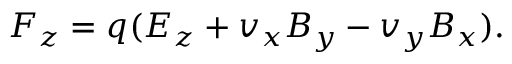
F _ { z } = q ( E _ { z } + v _ { x } B _ { y } - v _ { y } B _ { x } ) .